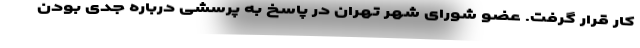
کار قرار گرفت. عضو شورای شهر تهران در پاسخ به پرسشی درباره جدی بودن